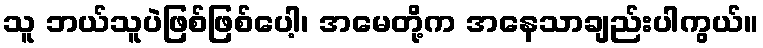
သူ ဘယ်သူပဲဖြစ်ဖြစ်ပေါ့၊ အမေတို့က အနေသာချည်းပါကွယ်။